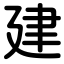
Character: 建